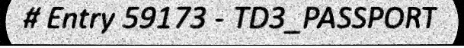
# Entry 59173 - TD3_PASSPORT